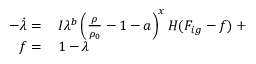
\begin{array} { r l } { - \dot { \lambda } = \, } & { { } I \lambda ^ { b } \left( \frac { \rho } { \rho _ { 0 } } - 1 - a \right) ^ { x } H ( F _ { i g } - f ) \, + } \\ { f = \, } & { { } 1 - \lambda } \end{array}